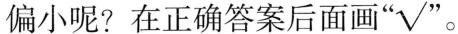
偏小呢?在正确答案后面画”√"。